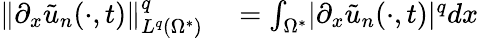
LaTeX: \begin{array}{rl}{\lVert\partial_{x}\tilde{u}_{n}(\cdot,t)\rVert_{L^{q}(\Omega^{*})}^{q}}&{{}=\int_{\Omega^{*}}\lvert\partial_{x}\tilde{u}_{n}(\cdot,t)\rvert^{q}dx}\end{array}